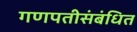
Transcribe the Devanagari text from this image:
गणपतीसंबंधित